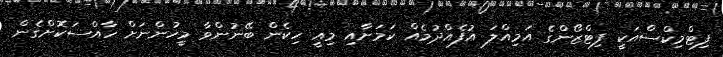
ފިޓްމިކްސްއަކީ ފިޓްޒޯންގެ އަމިއްލަ އުފެއްދުމެއް ކަމަށާއި މިއީ ހިކެން ބޭނުންވާ މީހުންނަށް ހާއްސަކޮށްގެން